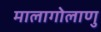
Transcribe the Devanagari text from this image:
मालागोलाणु